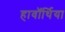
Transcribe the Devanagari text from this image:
हावॉर्थिया